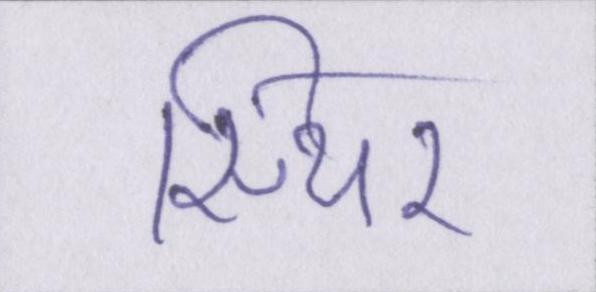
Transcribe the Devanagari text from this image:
स्थिर